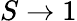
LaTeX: S\rightarrow 1